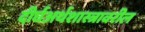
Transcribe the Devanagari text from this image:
दीर्घअर्थशास्त्रावरील